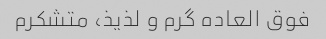
فوق العاده گرم و لذیذ، متشکرم